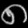
Digit: ၈